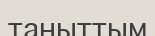
таныттым